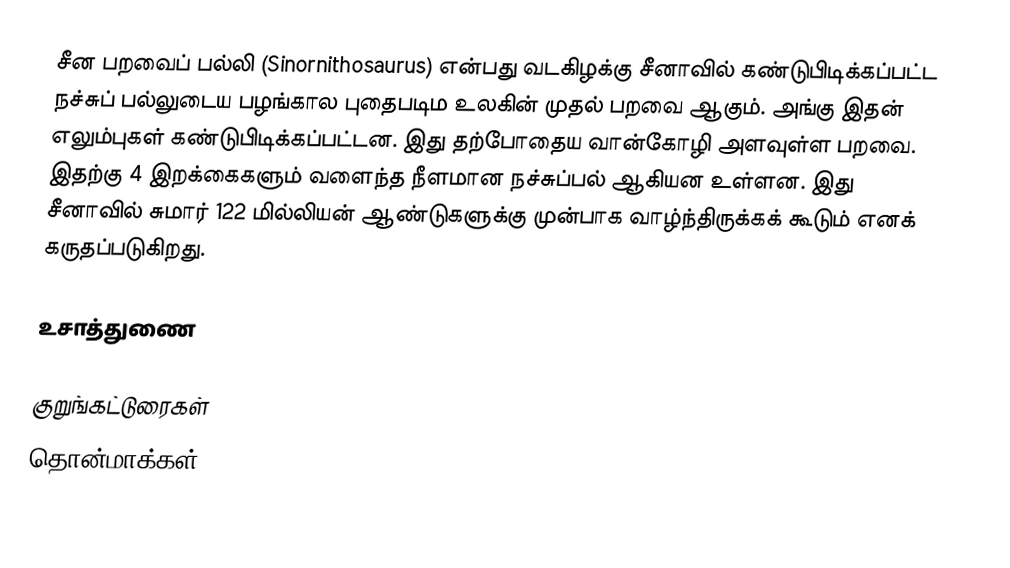
சீன பறவைப் பல்லி (Sinornithosaurus) என்பது வடகிழக்கு சீனாவில் கண்டுபிடிக்கப்பட்ட நச்சுப் பல்லுடைய பழங்கால புதைபடிம உலகின் முதல் பறவை ஆகும். அங்கு இதன் எலும்புகள் கண்டுபிடிக்கப்பட்டன. இது தற்போதைய வான்கோழி அளவுள்ள பறவை. இதற்கு 4 இறக்கைகளும் வளைந்த நீளமான நச்சுப்பல் ஆகியன உள்ளன. இது சீனாவில் சுமார் 122 மில்லியன் ஆண்டுகளுக்கு முன்பாக வாழ்ந்திருக்கக் கூடும் எனக் கருதப்படுகிறது.

உசாத்துணை

குறுங்கட்டுரைகள்
தொன்மாக்கள்